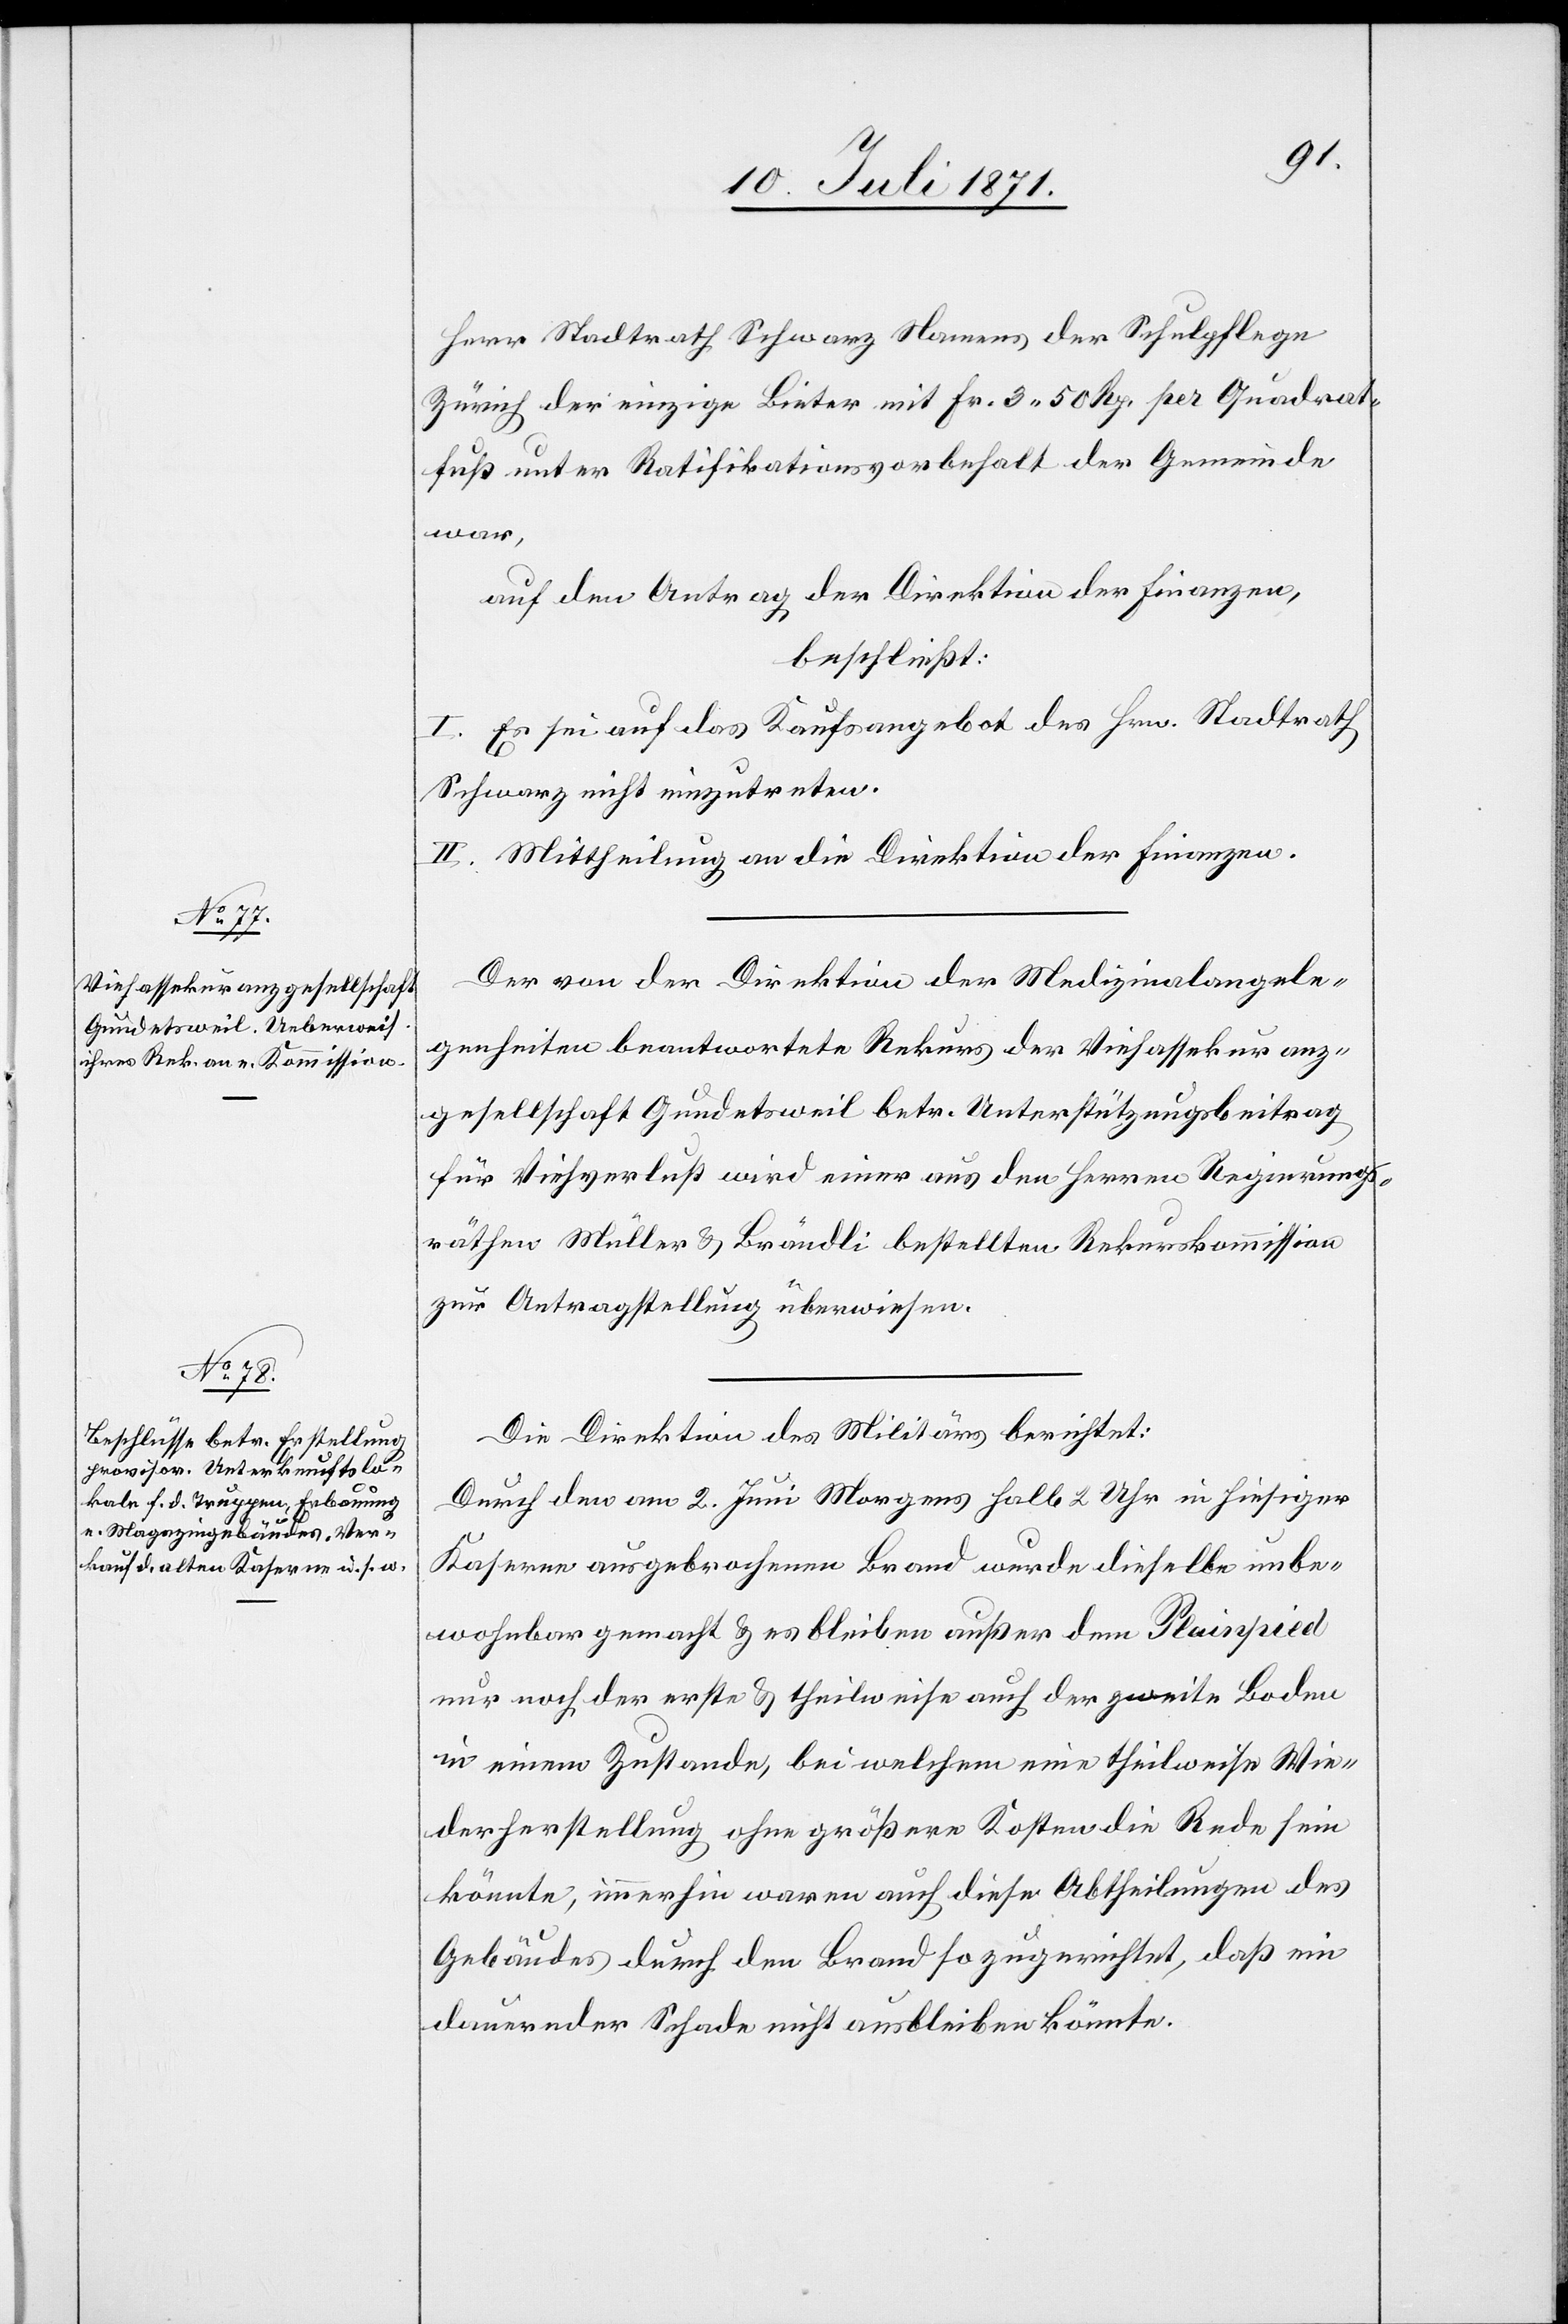
Herr Stadtrath Schwarz Namens der Schulpflege
Zürich der einzige Bieter mit Fr. 3.50 Rp. per Quadrat¬
fuß unter Ratifikationsvorbehalt der Gemeinde
war,
auf den Antrag der Direktion der Finanzen,
beschließt:
I. Es sei auf das Kaufsangebot des Hrn. Stadtrath
Schwarz nicht einzutreten.
II. Mittheilung an die Direktion der Finanzen.
Der von der Direktion der Medizinalangele¬
genheiten beantwortete Rekurs der Viehassekuranz¬
gesellschaft Gundetsweil betr. Unterstützungsbeitrag
für Viehverlust wird einer aus den Herren Regierungs¬
räthen Müller u. Brändli bestellten Rekurskommission
zur Antragstellung überwiesen.
Die Direktion des Militärs berichtet:
Durch den am 2. Juni Morgens halb 2 Uhr in hiesiger
Kaserne ausgebrochenen Brand wurde dieselbe unbe¬
wohnbar gemacht u. es bleiben außer dem Plainpied
nur noch der erste u. theilweise auch der zweite Boden
in einem Zustande, bei welchem eine theilweise Wie¬
derherstellung ohne größere Kosten die Rede sein
könnte, immerhin waren auch diese Abtheilungen des
Gebäudes durch den Brand so zugerichtet, daß ein
dauernder Schaden nicht ausbleiben könnte.